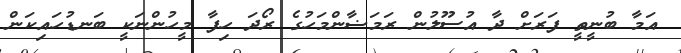
އަމާ ބުނީީތީ ފަރަށް ދާ އުސޫލުން ރަމަޟާންމަހުގެ ރޯދަ ހިފާ މީހުންނަކީ ބަނޑުހައިކަން